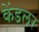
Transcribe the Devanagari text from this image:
केंडलर